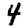
Digit: 4